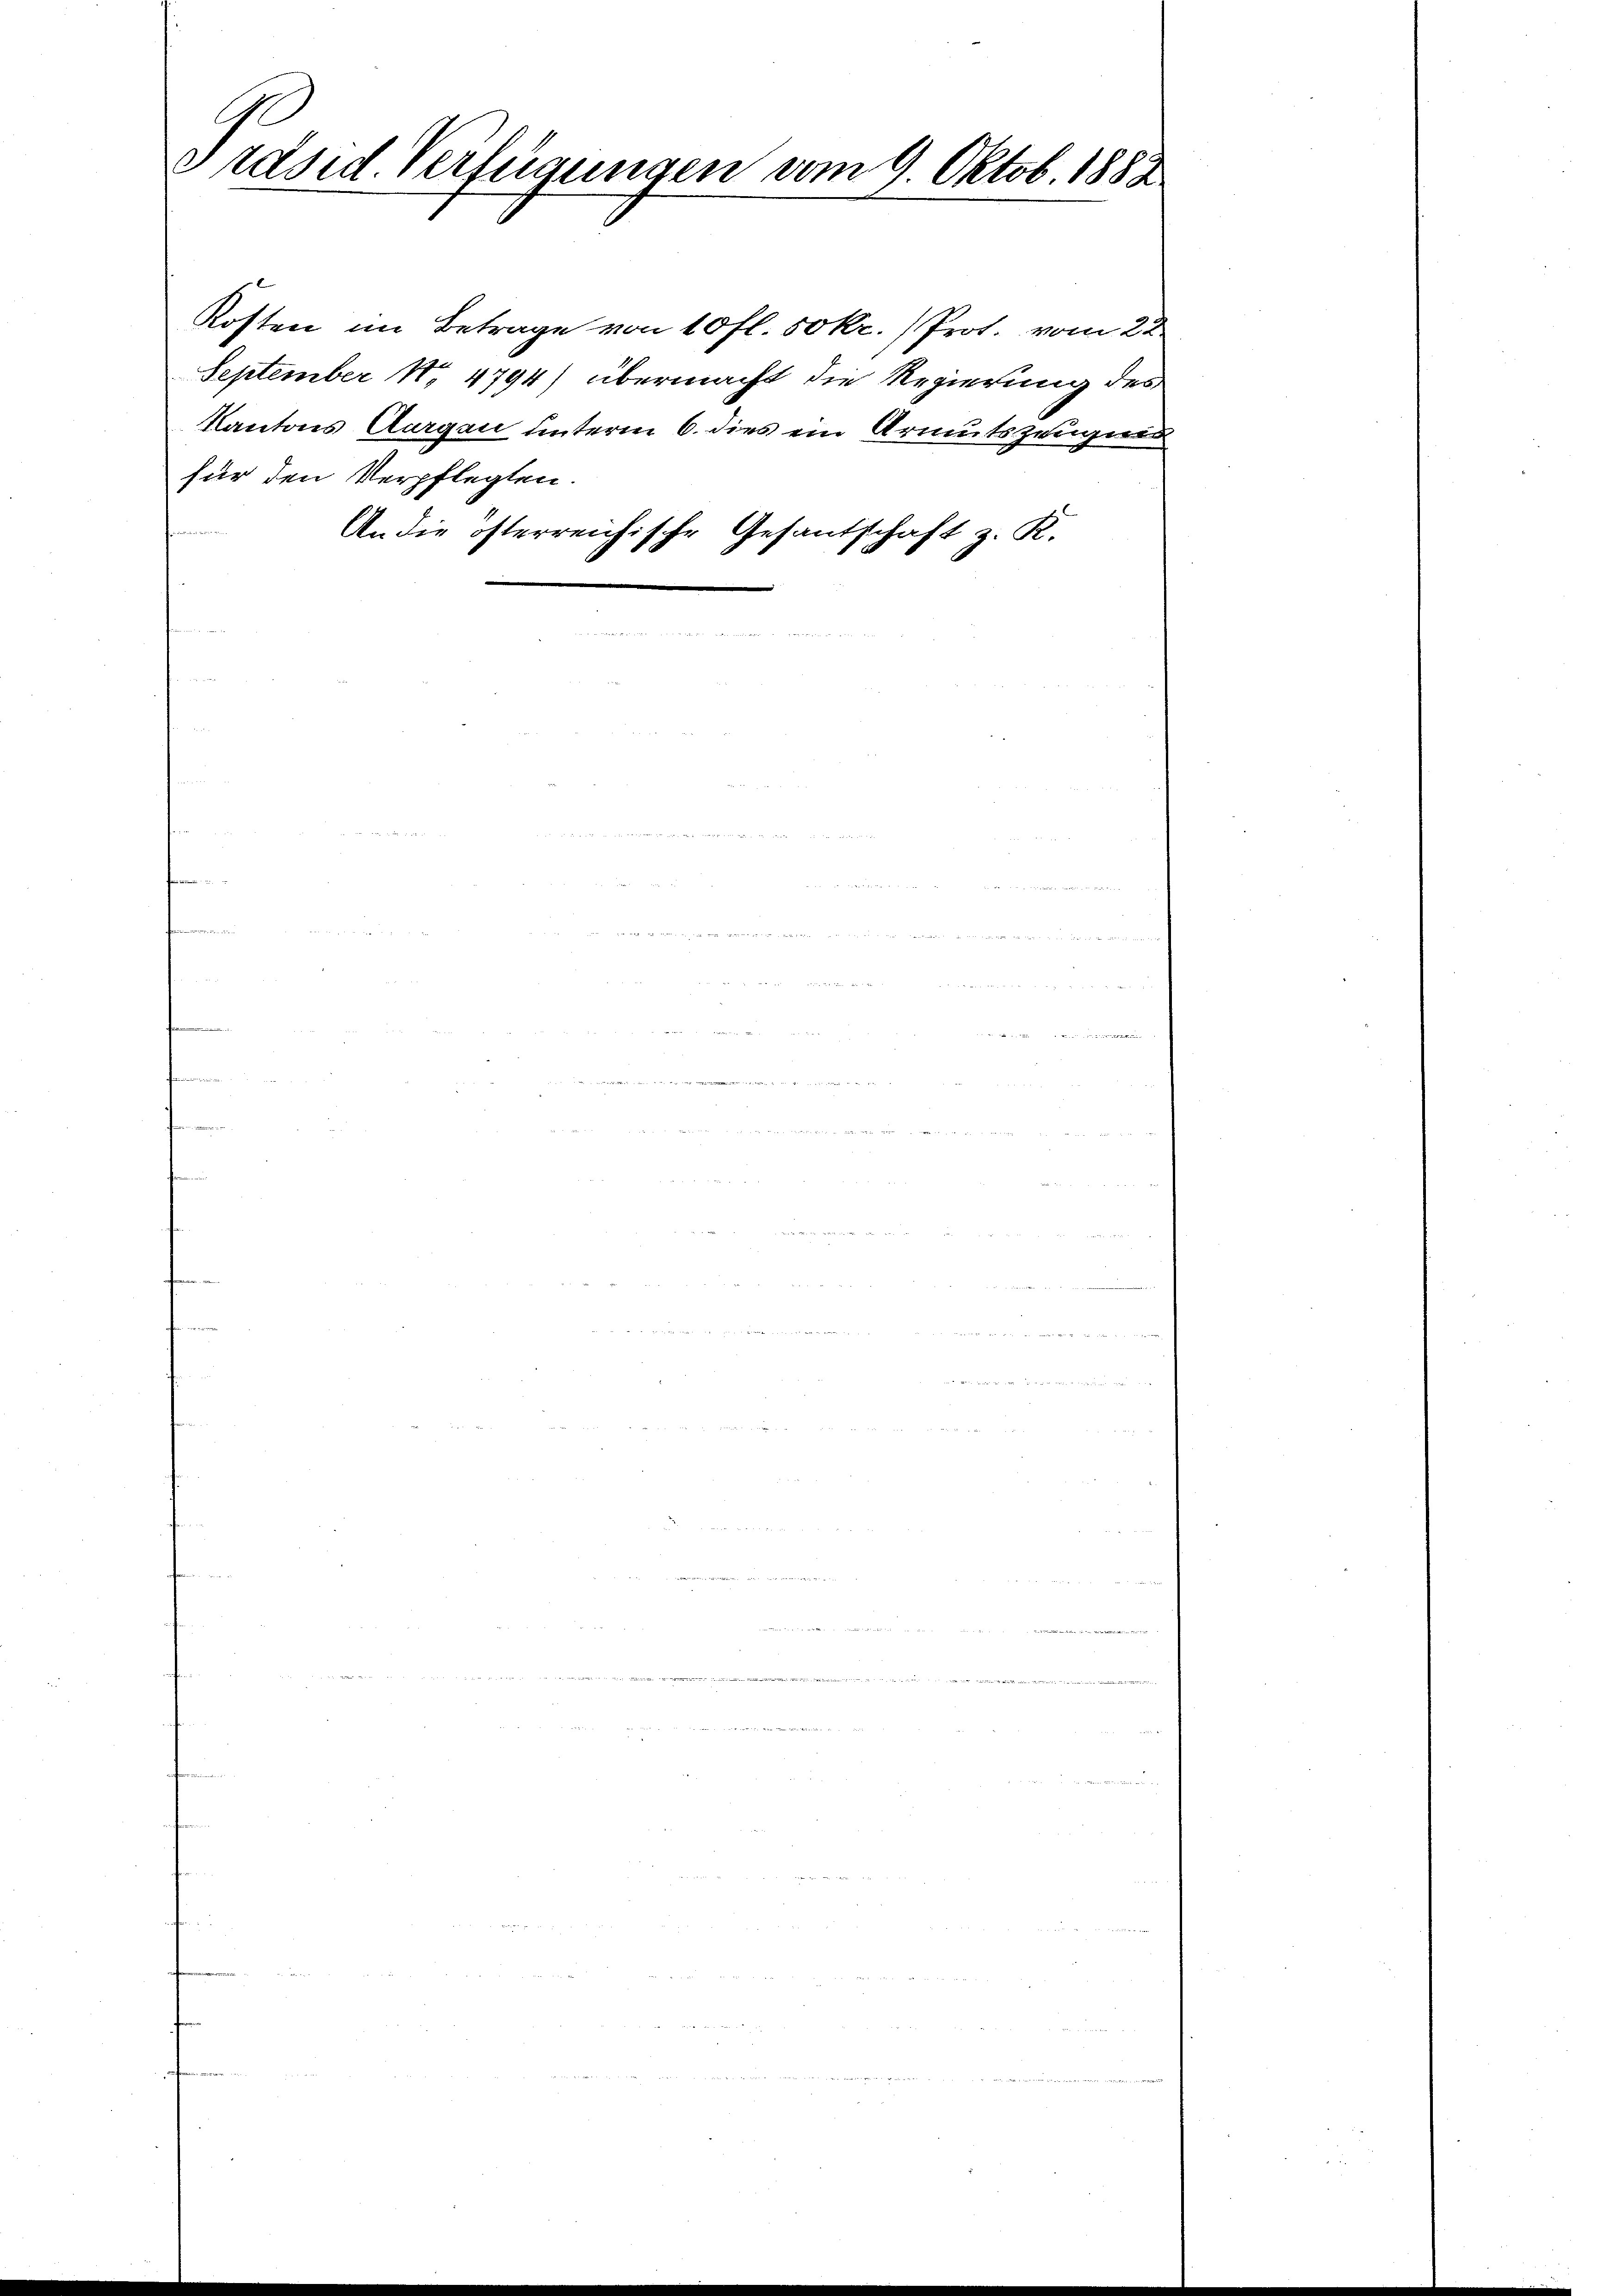
Präsid. Verfügungen vom 9. Oktob. 1882

Kosten im Betrage von 10 fl. 50 kr. /Prot. vom 22
September No 4794) übermacht die Regierung des
Kantons Aargau unterm 6. dies ein Armutszeugung
für den Verpflegten.
An die österreichische Gesantschaft z. R.